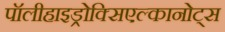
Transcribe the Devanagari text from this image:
पॉलीहाइड्रोक्सिएल्कानोट्स